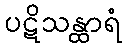
ပဋိသန္ထာရံ